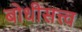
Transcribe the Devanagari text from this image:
बोधीसत्त्व